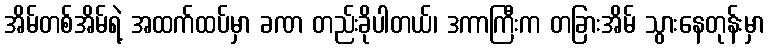
အိမ်တစ်အိမ်ရဲ့ အထက်ထပ်မှာ ခဏ တည်းခိုပါတယ်၊ ဒကာကြီးက တခြားအိမ် သွားနေတုန်းမှာ